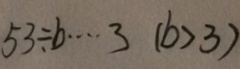
5 3 \div b \cdots 3 ( b > 3 )